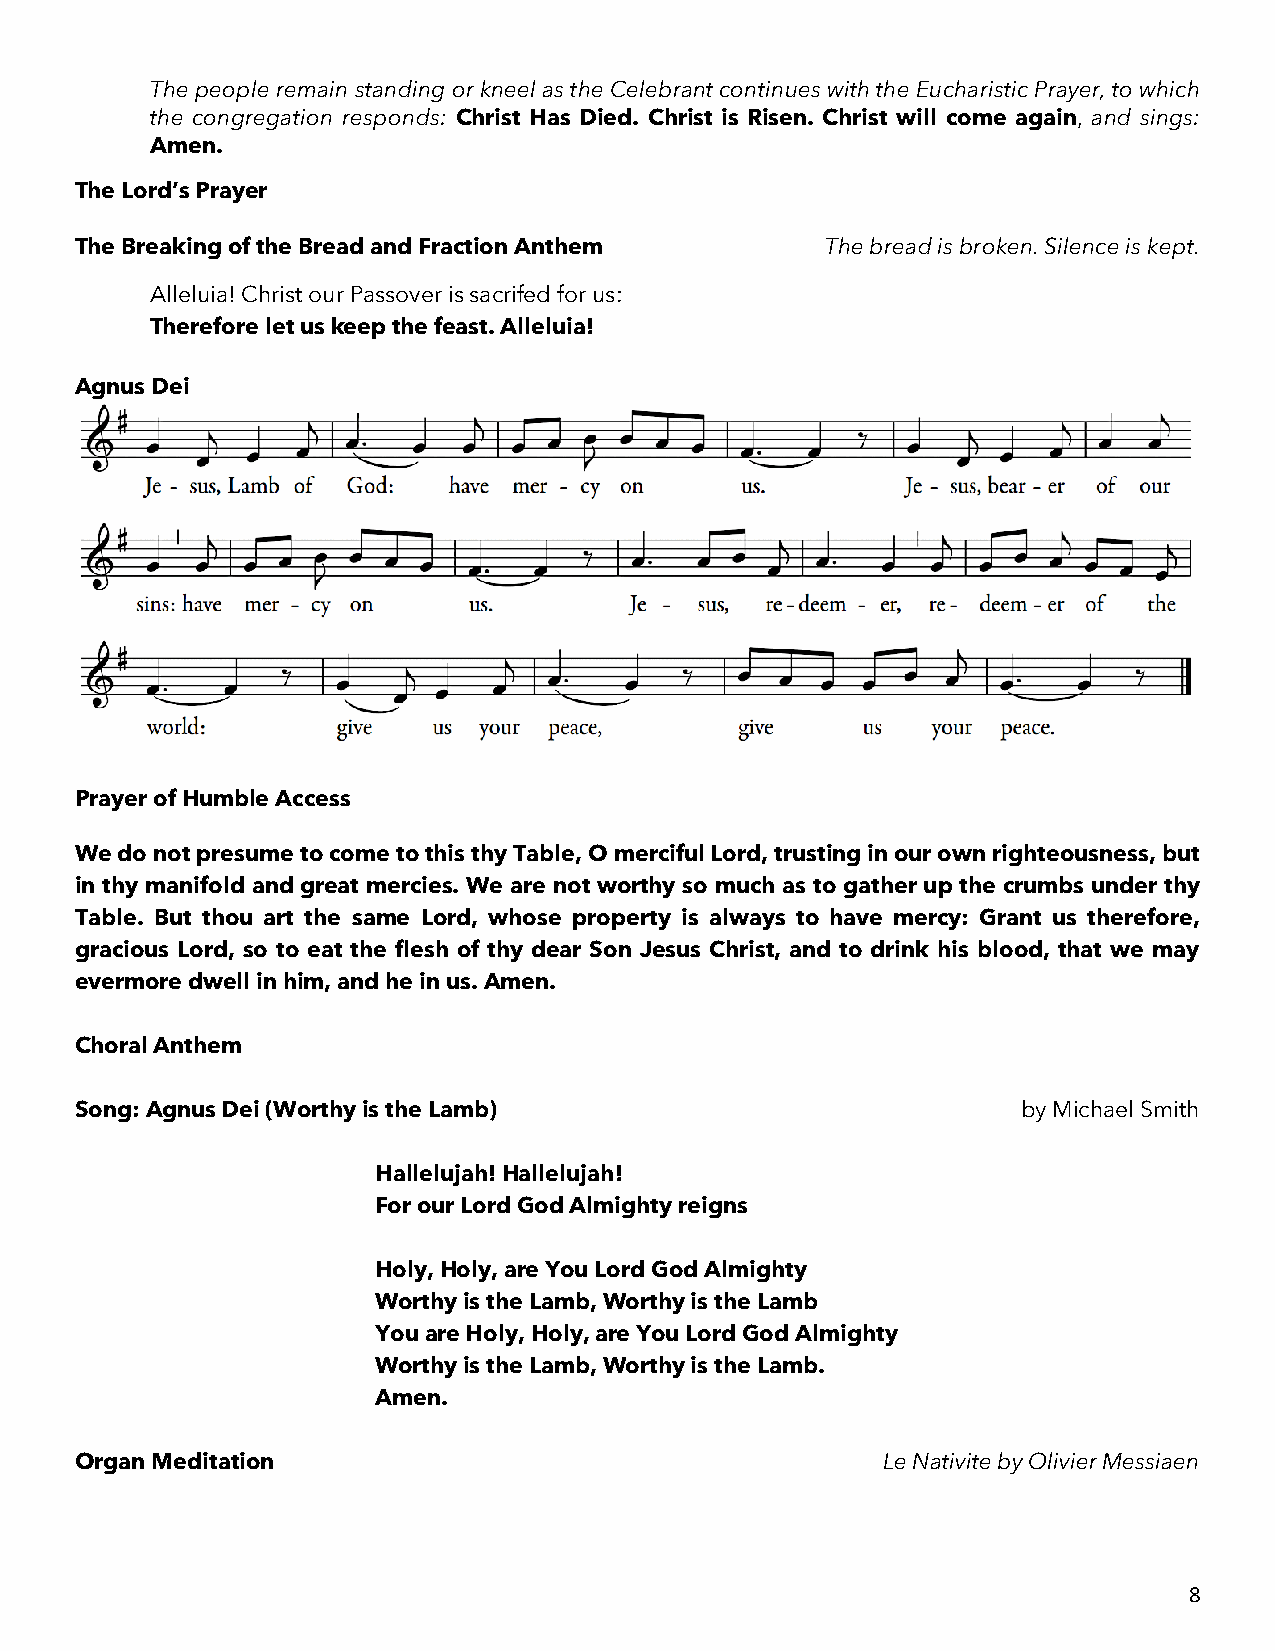
The people remain standing or kneel as the Celebrant continues with the Eucharistic Prayer, to which
 the congregation responds: Christ Has Died. Christ is Risen. Christ will come again, and sings:
 Amen.
 The Lord’s Prayer
 The Breaking of the Bread and Fraction Anthem     The bread is broken. Silence is kept.
 Alleluia! Christ our Passover is sacrifed for us:
 Therefore let us keep the feast. Alleluia!
 Agnus Dei
 Prayer of Humble Access
 We do not presume to come to this thy Table, O merciful Lord, trusting in our own righteousness, but
 in thy manifold and great mercies. We are not worthy so much as to gather up the crumbs under thy
 Table. But thou art the same Lord, whose property is always to have mercy: Grant us therefore,
 gracious Lord, so to eat the flesh of thy dear Son Jesus Christ, and to drink his blood, that we may
 evermore dwell in him, and he in us. Amen.
 Choral Anthem
 Song: Agnus Dei (Worthy is the Lamb)                           by Michael Smith
 Hallelujah! Hallelujah!
 For our Lord God Almighty reigns
 Holy, Holy, are You Lord God Almighty
 Worthy is the Lamb, Worthy is the Lamb
 You are Holy, Holy, are You Lord God Almighty
 Worthy is the Lamb, Worthy is the Lamb.
 Amen.
 Organ Meditation                                     Le Nativite by Olivier Messiaen
 8